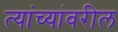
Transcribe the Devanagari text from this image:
त्यांच्यांवरील